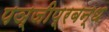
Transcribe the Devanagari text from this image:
पञ्जीप्रबन्ध